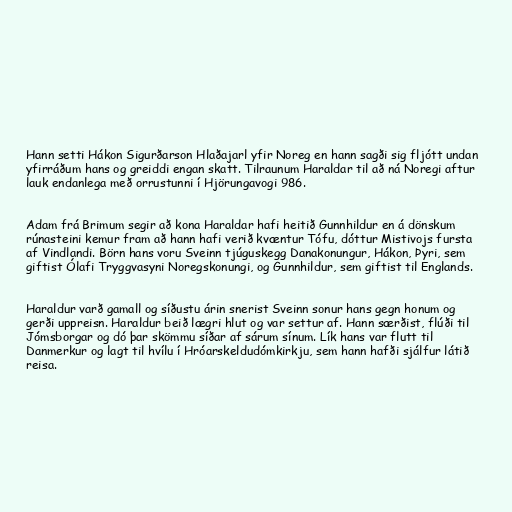
Hann setti Hákon Sigurðarson Hlaðajarl yfir Noreg en hann sagði sig fljótt undan
yfirráðum hans og greiddi engan skatt. Tilraunum Haraldar til að ná Noregi aftur
lauk endanlega með orrustunni í Hjörungavogi 986.

Adam frá Brimum segir að kona Haraldar hafi heitið Gunnhildur en á dönskum
rúnasteini kemur fram að hann hafi verið kvæntur Tófu, dóttur Mistivojs fursta
af Vindlandi. Börn hans voru Sveinn tjúguskegg Danakonungur, Hákon, Þyri, sem
giftist Ólafi Tryggvasyni Noregskonungi, og Gunnhildur, sem giftist til Englands.

Haraldur varð gamall og síðustu árin snerist Sveinn sonur hans gegn honum og
gerði uppreisn. Haraldur beið lægri hlut og var settur af. Hann særðist, flúði til
Jómsborgar og dó þar skömmu síðar af sárum sínum. Lík hans var flutt til
Danmerkur og lagt til hvílu í Hróarskeldudómkirkju, sem hann hafði sjálfur látið
reisa.